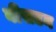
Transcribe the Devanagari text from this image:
बीसटन